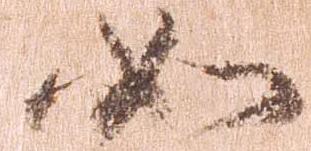
如